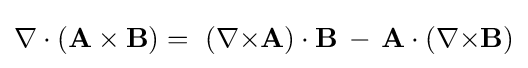
\nabla \cdot (\mathbf {A} \times \mathbf {B} )=\ (\nabla {\times }\mathbf {A} )\cdot \mathbf {B} \,-\,\mathbf {A} \cdot (\nabla {\times }\mathbf {B} )